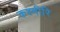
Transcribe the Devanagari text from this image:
कश्मीरि